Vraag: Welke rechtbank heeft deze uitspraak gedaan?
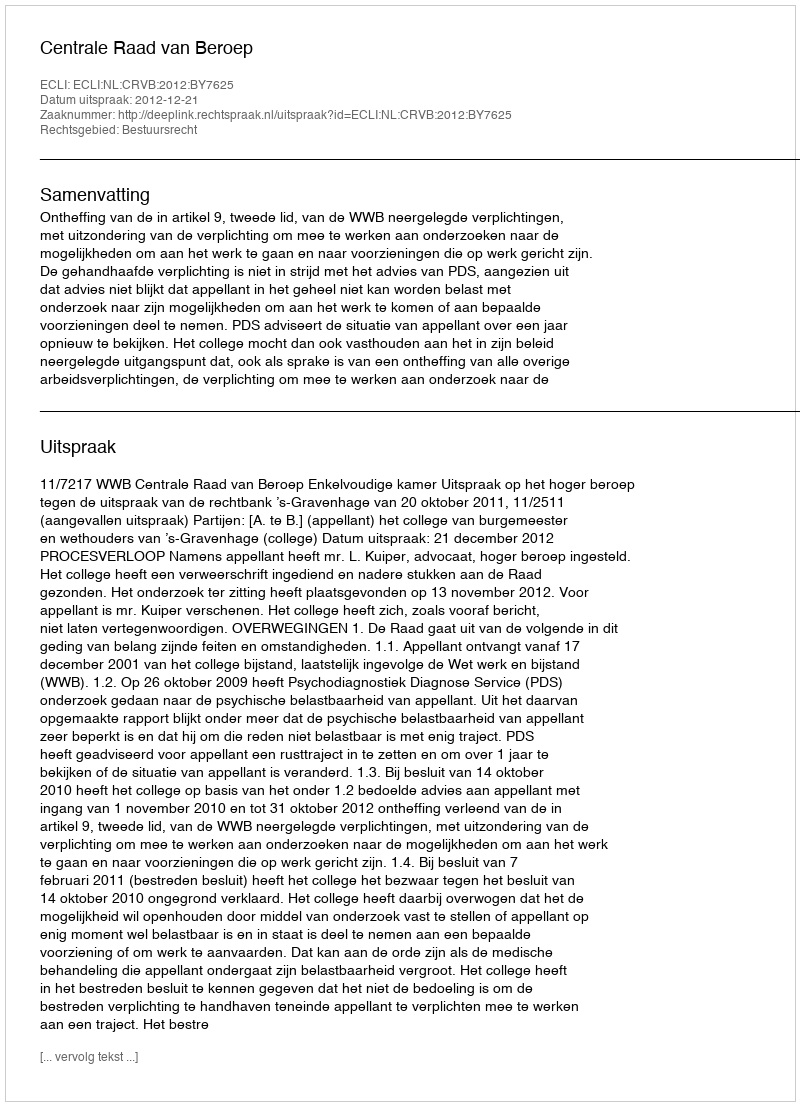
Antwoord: Centrale Raad van Beroep